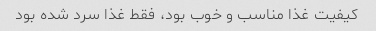
کیفیت غذا مناسب و خوب بود، فقط غذا سرد شده بود